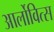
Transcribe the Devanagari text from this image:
आर्लोवित्स